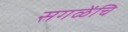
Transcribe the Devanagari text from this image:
सगळेंचि